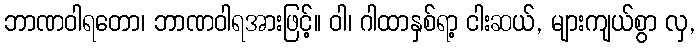
ဘာဏဝါရတော၊ ဘာဏဝါရအားဖြင့်။ ဝါ၊ ဂါထာနှစ်ရာ့ ငါးဆယ်, များကျယ်စွာ လှ,